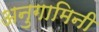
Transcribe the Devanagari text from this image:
अनुगामिनी